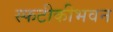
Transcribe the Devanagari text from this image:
स्फटीकीभवन